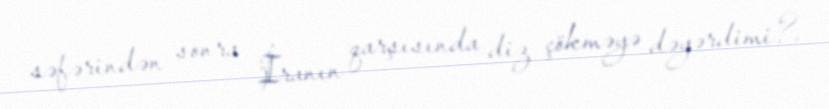
səfərindən sonra İranın qarşısında diz çökməyə dəyərdimi?.